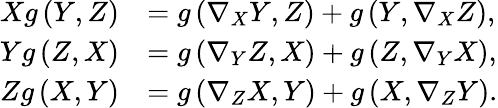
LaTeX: \begin{array}{rl}{Xg\left(Y,Z\right)}&{=g\left(\nabla_{X}Y,Z\right)+g\left(Y,\nabla_{X}Z\right),}\\ {Yg\left(Z,X\right)}&{=g\left(\nabla_{Y}Z,X\right)+g\left(Z,\nabla_{Y}X\right),}\\ {Zg\left(X,Y\right)}&{=g\left(\nabla_{Z}X,Y\right)+g\left(X,\nabla_{Z}Y\right).}\end{array}